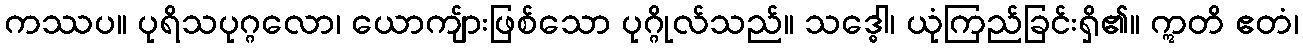
ကဿပ။ ပုရိသပုဂ္ဂလော၊ ယောကျ်ားဖြစ်သော ပုဂ္ဂိုလ်သည်။ သဒ္ဓေါ၊ ယုံကြည်ခြင်းရှိ၏။ ဣတိ ဧတံ၊